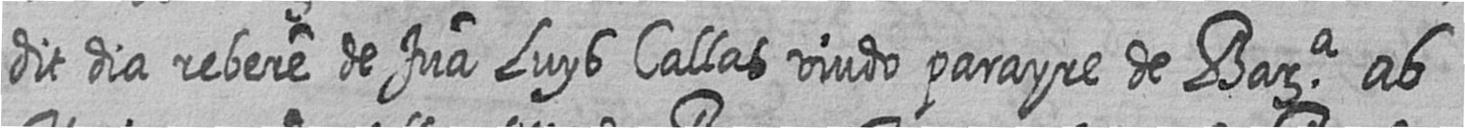
dit dia rebere de Jua Luys Callas viudo parayre de Bara ab